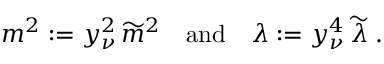
m ^ { 2 } : = y _ { \nu } ^ { 2 } \, \widetilde m ^ { 2 } \quad \mathrm { a n d } \quad \lambda : = y _ { \nu } ^ { 4 } \, \widetilde \lambda \; .